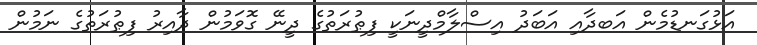
އަޅުގަނޑުމެން އަބދާއި އަބަދު އިސްލާމްދީނަކީ ފިޠުރަތުގެ ދީނޭ ގޮވަމުން ދާއިރު ފިޠުރަތުގެ ނަމުން